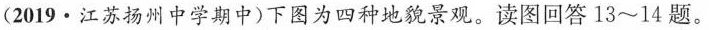
(2019·江苏扬州中学期中)下图为四种地貌景观。读图回答13~14题。